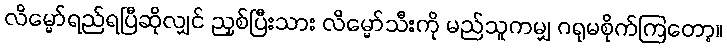
လိမ္မော်ရည်ရပြီဆိုလျှင် ညှစ်ပြီးသား လိမ္မော်သီးကို မည်သူကမျှ ဂရုမစိုက်ကြတော့။